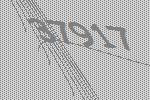
37917